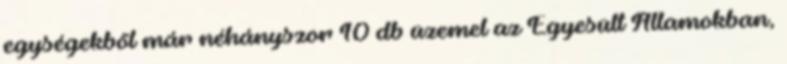
egységekből már néhányszor 10 db üzemel az Egyesült Államokban,